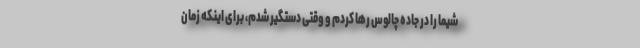
شیما را در جاده چالوس رها کردم و وقتی دستگیر شدم، برای اینکه زمان